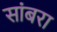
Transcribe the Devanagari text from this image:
सांंबरा